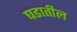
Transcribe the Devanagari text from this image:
घडातील